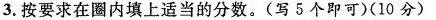
3.按要求在圈内填上适当的分数。(写5个即可)(10分)